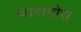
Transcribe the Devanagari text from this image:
जारागोरा